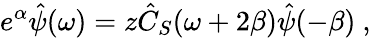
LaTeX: e^{\alpha}\hat{\psi}(\omega)=z\hat{C}_{S}(\omega+2\beta)\hat{\psi}(-\beta)\ ,